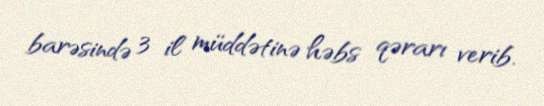
barəsində 3 il müddətinə həbs qərarı verib.